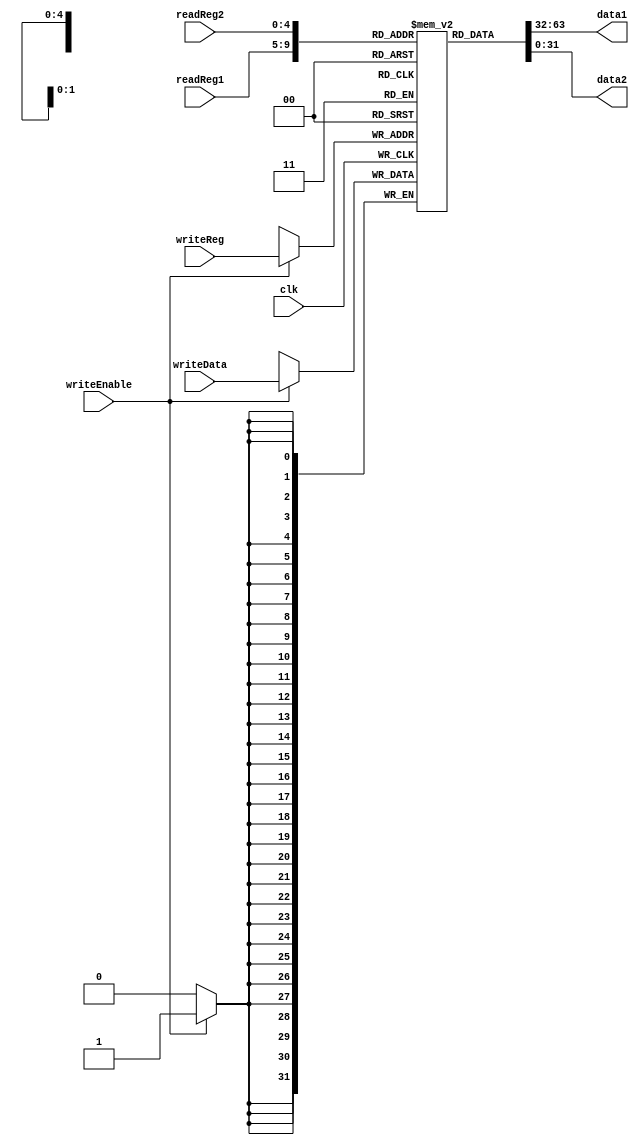

module REGFILE(
	input [4:0] readReg1, readReg2,
	input [4:0] writeReg,
	input clk,
	input writeEnable,
	input [31:0] writeData,
	output [31:0] data1, data2
);

	/*
	* Register file with two read ports and a write Port
	* INPUT:
		* read registers - readReg1, readReg2,
		* write register - writeReg,
		* clock - clk,
		* writeEnable,
		* writeData - data to write
	* OUTPUT:
		* two ports giving out data in read registers
	*/

	reg [31:0] store [31:0];

	assign data1 = store[readReg1];
	assign data2 = store[readReg2];

	always@(posedge clk)
	begin
		if(writeEnable)
			store[writeReg] <= writeData;
	end

endmodule